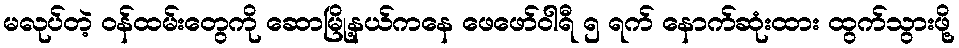
မလုပ်တဲ့ ဝန်ထမ်းတွေကို ဆောမြို့နယ်ကနေ ဖေဖော်ဝါရီ ၅ ရက် နောက်ဆုံးထား ထွက်သွားဖို့